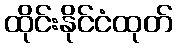
ထိုင်းနိုင်ငံထုတ်